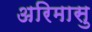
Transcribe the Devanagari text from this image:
अरिमासु